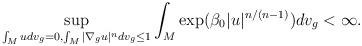
LaTeX: \begin{align*}\sup_{\int_{M}udv_{g}=0,\int_{M}|\nabla_{g}u|^{n}dv_{g}\leq1}\int_{M}\exp(\beta_{0}|u|^{n/(n-1)})dv_{g}<\infty.\end{align*}